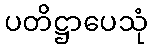
ပတိဋ္ဌာပေသုံ